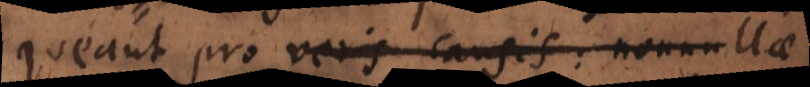
queant pro veris causis: nonnullae